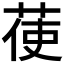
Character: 𦲺